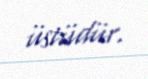
üstüdür.